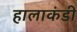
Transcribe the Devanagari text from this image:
हालाकंडी